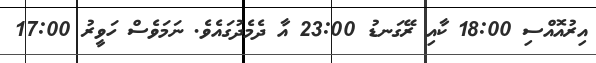
އިރުއޮއްސި 18:00 ކާއި ރޭގަނޑު 23:00 އާ ދެމެދުގައެވެ. ނަމަވެސް ހަވީރު 17:00